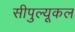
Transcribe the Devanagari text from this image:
सीपुल्यूकल